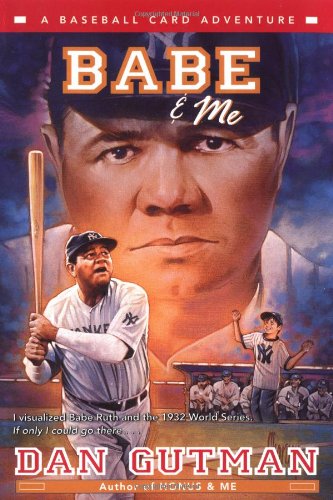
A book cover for Babe & Me: A Baseball Card Adventure; Dan Gutman; Children's Books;